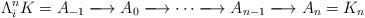
LaTeX: \begin{align*} \Lambda^n_i K=A_{-1}\xlongrightarrow{} A_0 \xlongrightarrow{} \cdots \xlongrightarrow{}A_{n-1} \xlongrightarrow{} A_n=K_n \end{align*}